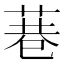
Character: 𮏮